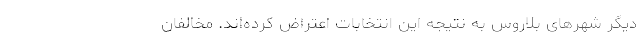
دیگر شهرهای بلاروس به نتیجه این انتخابات اعتراض کرده‌اند. مخالفان